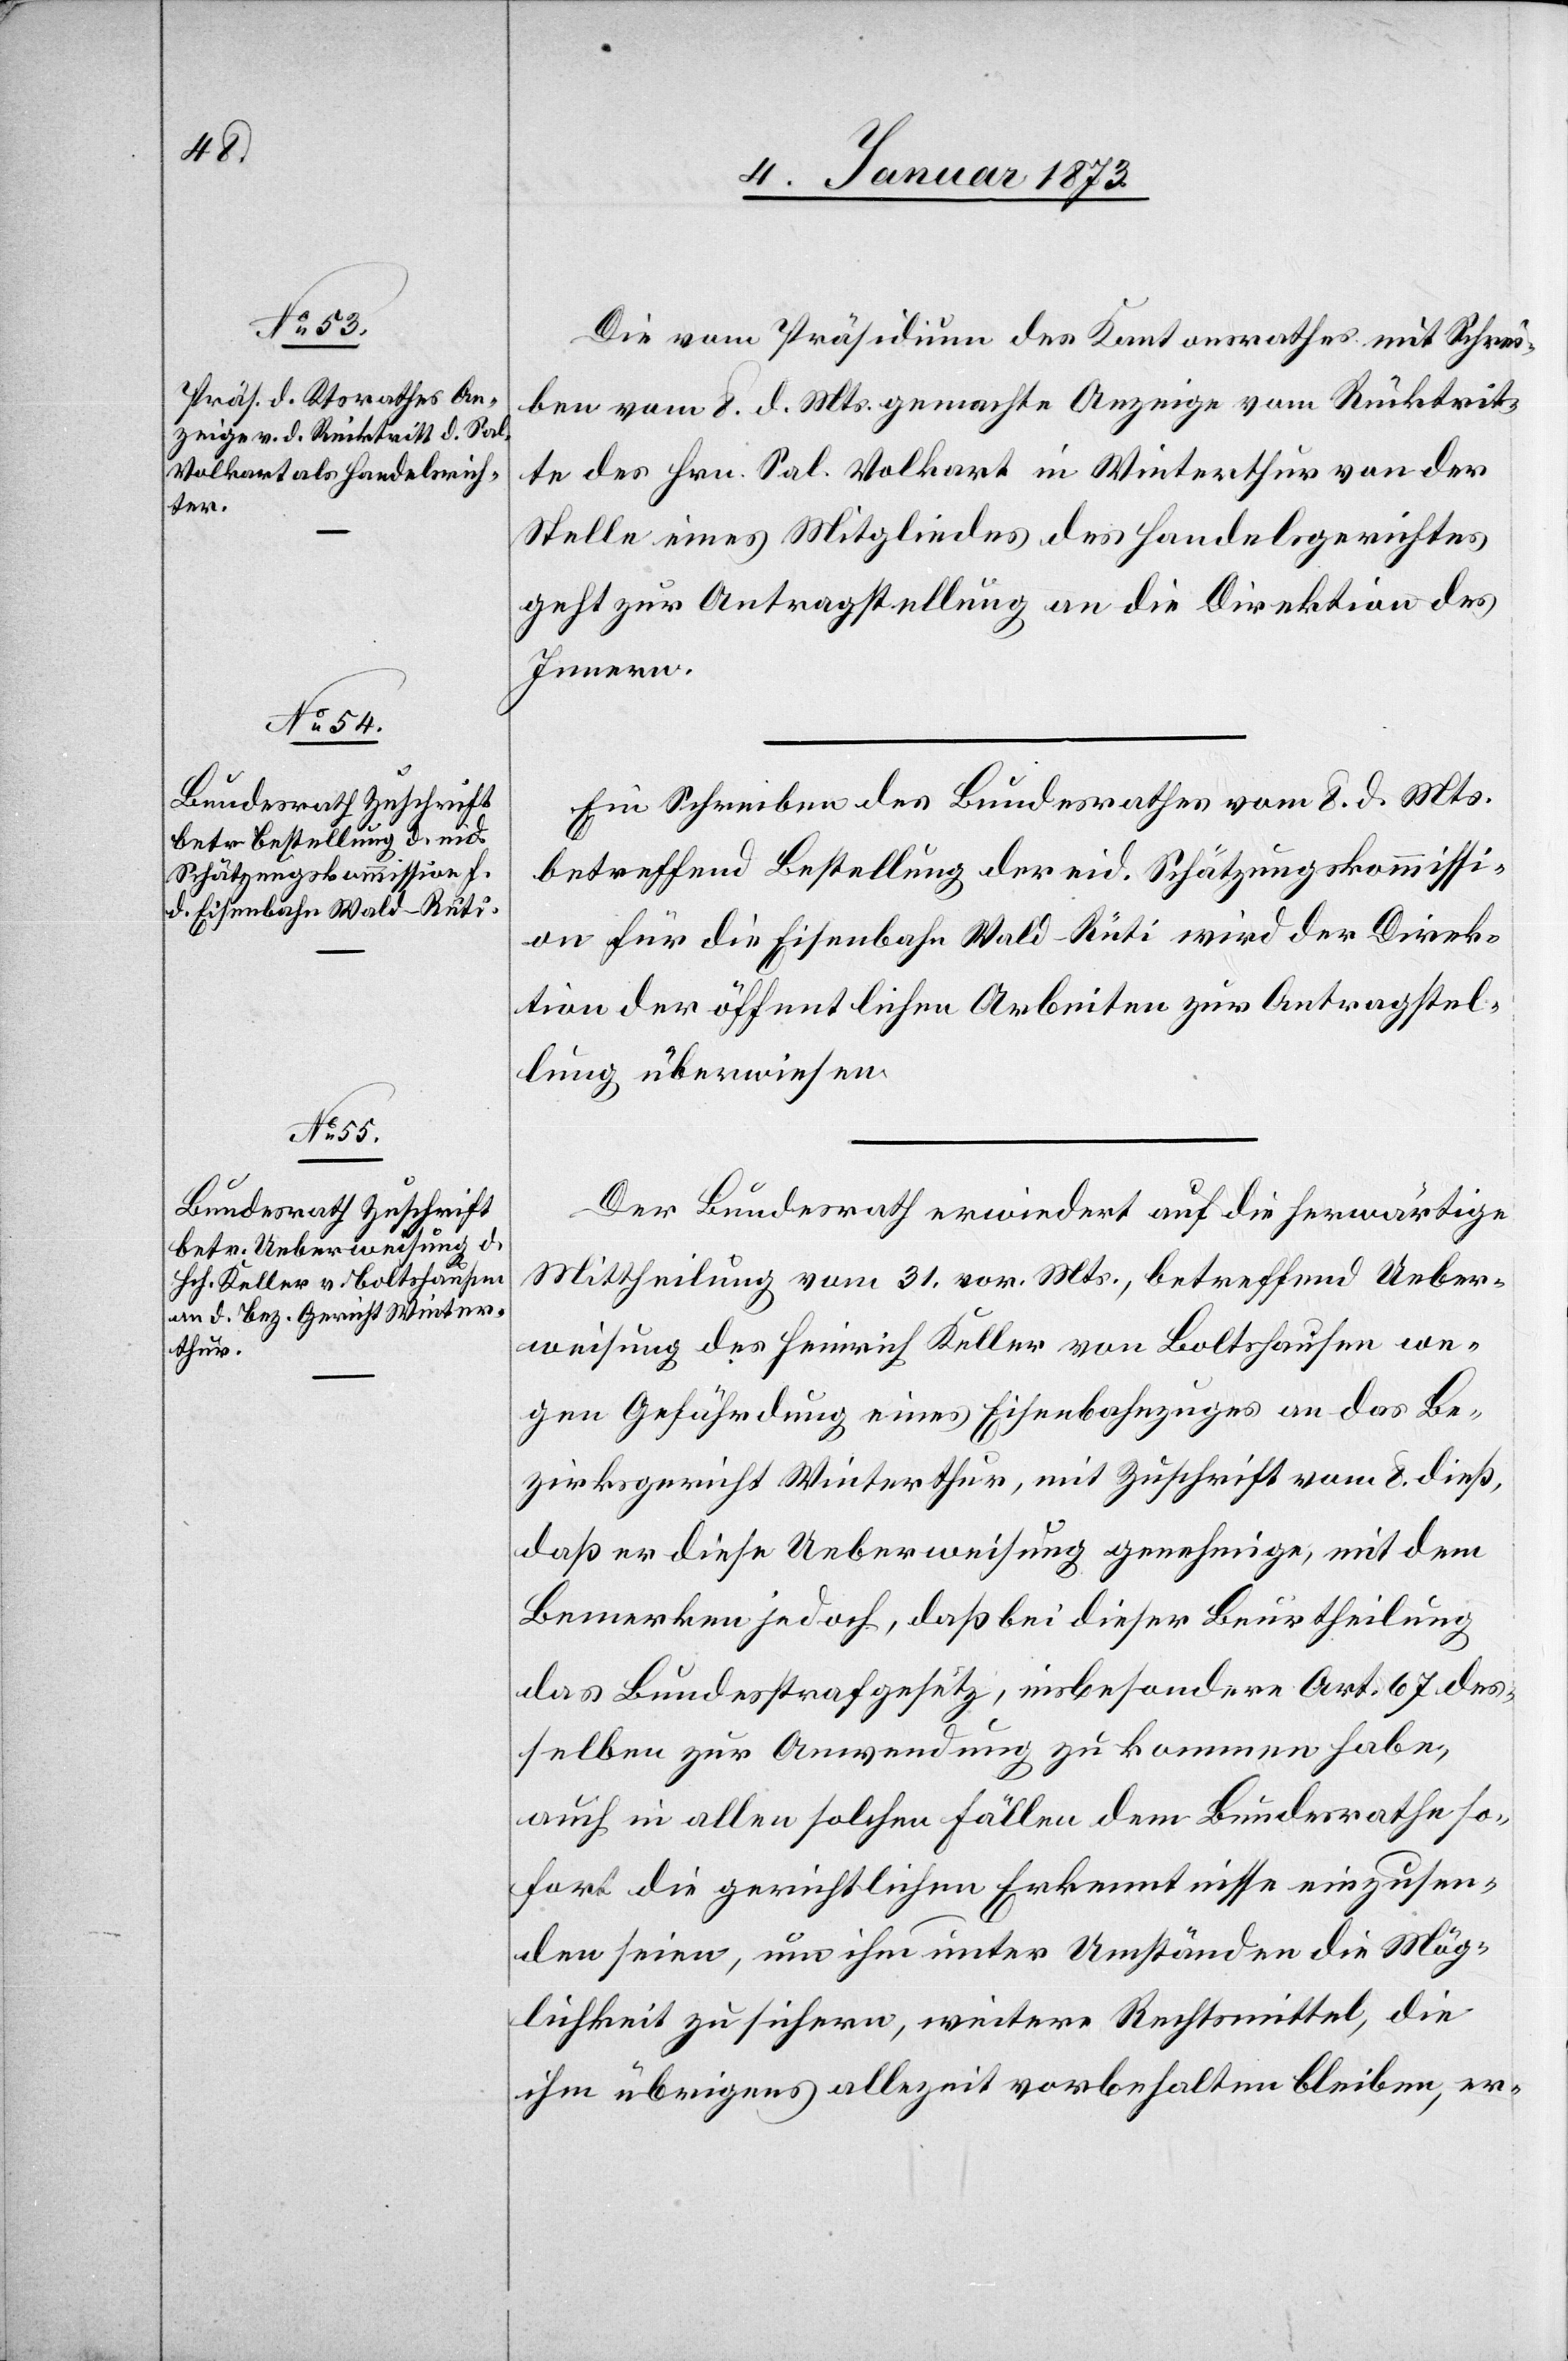
10. Januar 1873.]
Die vom Präsidium des Kantonsrathes mit Schrei¬
ben vom 8. d. Mts. gemachte Anzeige vom Rücktrit¬
te des Hrn. Sol. Volkart in Winterthur von der
Stelle eines Mitgliedes des Handelsgerichtes
geht zur Antragstellung an die Direktion des
Innern.
Ein Schreiben des Bundesrathes vom 8. d. Mts.
betreffend Bestellung der eid. Schätzungskommissi¬
on für die Eisenbahn Wald–Rüti wird der Direk¬
tion der öffentlichen Arbeiten zur Antragstel¬
lung überwiesen.
Der Bundesrath erwiedert auf die herwärtige
Mittheilung vom 31. vor. Mts., betreffend Ueber¬
weisung des Heinrich Keller von Boltshausen we¬
gen Gefährdung eines Eisenbahnzuges an das Be¬
zirksgericht Winterthur, mit Zuschrift vom 8. dieß,
daß er diese Ueberweisung genehmige, mit dem
Bemerken jedoch, daß bei dieser Beurtheilung
das Bundesstrafgesetz, insbesondere Art. 67. des¬
selben zur Anwendung zu kommen habe,
auch in allen solchen Fällen dem Bundesrathe so¬
fort die gerichtlichen Erkenntnisse einzusen¬
den seien, um ihm unter Umständen die Mög¬
lichkeit zu sichern, weitere Rechtsmittel, die
ihm übrigens allezeit vorbehalten bleiben, er-